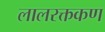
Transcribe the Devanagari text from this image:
लालरक्तकण